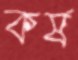
কর্ষ